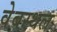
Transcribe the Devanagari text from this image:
वेबस्थल